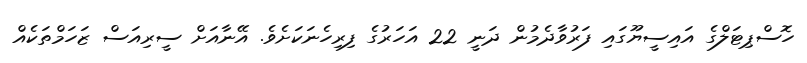
ހޮސްޕިޓަލްގެ އައިސީޔޫގައި ފަރުވާދެމުން ދަނީ 22 އަހަރުގެ ފިރިހެނަކަށެވެ. އޭނާއަށް ސީރިއަސް ޒަހަމްތަކެއް